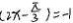
( 2 x - \frac { \pi } { 3 } ) = - 1